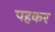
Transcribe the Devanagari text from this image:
पहकर